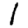
Digit: 1